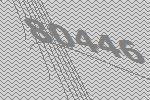
80446